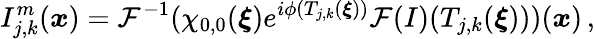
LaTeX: I_{j,k}^{m}(\boldsymbol{x})=\mathcal{F}^{-1}(\chi_{0,0}(\boldsymbol{\xi})e^{i\phi(T_{j,k}(\boldsymbol{\xi}))}\mathcal{F}(I)(T_{j,k}(\boldsymbol{\xi})))(\boldsymbol{x})\, ,